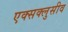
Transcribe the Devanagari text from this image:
एक्सक्लुसीव